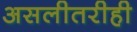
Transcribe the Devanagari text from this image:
असलीतरीही